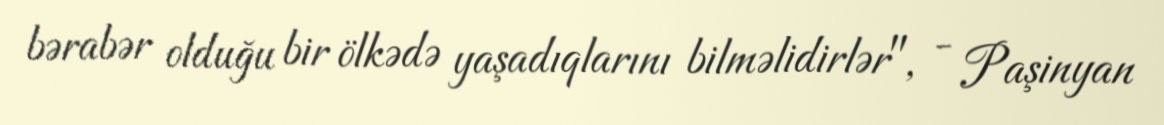
bərabər olduğu bir ölkədə yaşadıqlarını bilməlidirlər", - Paşinyan